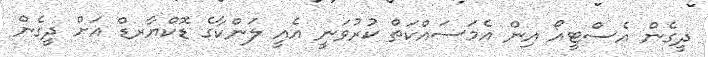
ދީގެން އެސްޓީއޯ އިން އެމަސައްކަތް ކުރުވަނީ އެއީ ލަންކާގެ ޑޮކްޔާރޑް އަށް ދީގެން